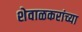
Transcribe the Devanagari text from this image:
शेवाळकरांच्या